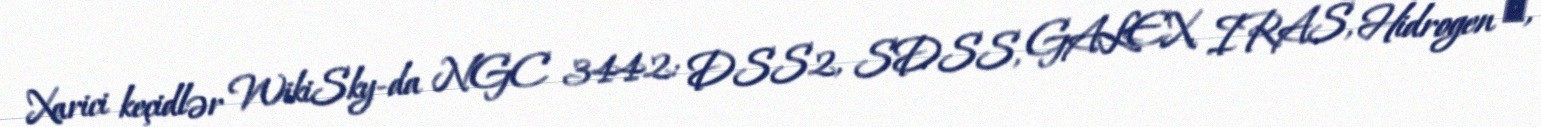
Xarici keçidlər WikiSky-da NGC 3442: DSS2, SDSS, GALEX, IRAS, Hidrogen α,